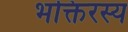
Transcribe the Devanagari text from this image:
भक्तिरस्य